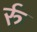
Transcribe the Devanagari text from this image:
र्रु